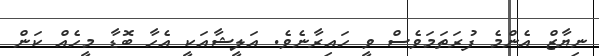
ނިޔާޒް އެންމެ ފުރަތަމަވެސް ވީ ހައިރާނެވެ. އަލީޝާއަކީ އެހާ ބޮޑާ މީހެއް ކަން